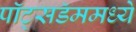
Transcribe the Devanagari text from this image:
पॉट्सडॅममध्ये